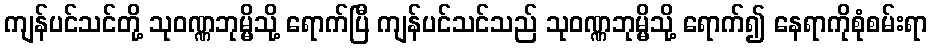
ကျန်ပင်သင်တို့ သုဝဏ္ဏဘုမ္မိသို့ ရောက်ပြီ ကျန်ပင်သင်သည် သုဝဏ္ဏဘုမ္မိသို့ ရောက်၍ နေရာကိုစုံစမ်းရာ